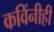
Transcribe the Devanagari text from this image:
कविंनीही